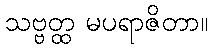
သဗ္ဗတ္ထ မပရာဇိတာ။